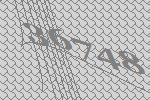
36748